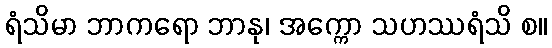
ရံသိမာ ဘာကရော ဘာနု၊ အက္ကော သဟဿရံသိ စ။